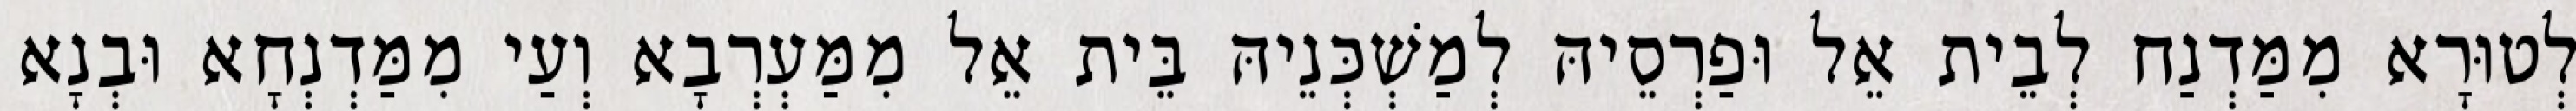
לְטוּרָא מִמַּדְנַח לְבֵית אֵל וּפַרְסֵיהּ לְמַשְׁכְּנֵיהּ בֵּית אֵל מִמַּעְרְבָא וְעַי מִמַּדְנְחָא וּבְנָא